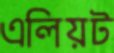
এলিয়ট